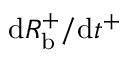
\mathrm d R _ { \mathrm { b } } ^ { + } / \mathrm d t ^ { + }